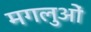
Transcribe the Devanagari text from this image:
मगलुओं